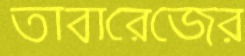
তাবারেজের